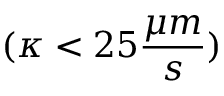
( \kappa < 2 5 \frac { \mu m } { s } )